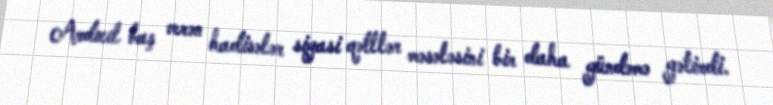
Ardıcıl baş verən hadisələr siyasi qətllər məsələsini bir daha gündəmə gətirdi.